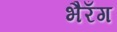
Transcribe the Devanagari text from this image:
भैरँग